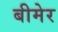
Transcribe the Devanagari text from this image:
बीमेर